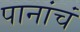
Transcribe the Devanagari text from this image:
पानांचं